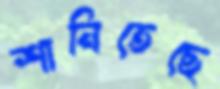
শানিতেছে